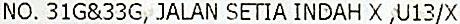
NO. 31G&33G, JALAN SETIA INDAH X ,U13/X